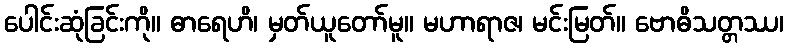
ပေါင်းဆုံခြင်းကို။ ဓာရေဟိ၊ မှတ်ယူတော်မူ။ မဟာရာဇ၊ မင်းမြတ်။ ဗောဓိသတ္တဿ၊